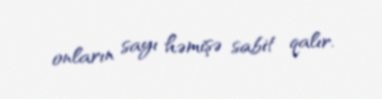
onların sayı həmişə sabit qalır.